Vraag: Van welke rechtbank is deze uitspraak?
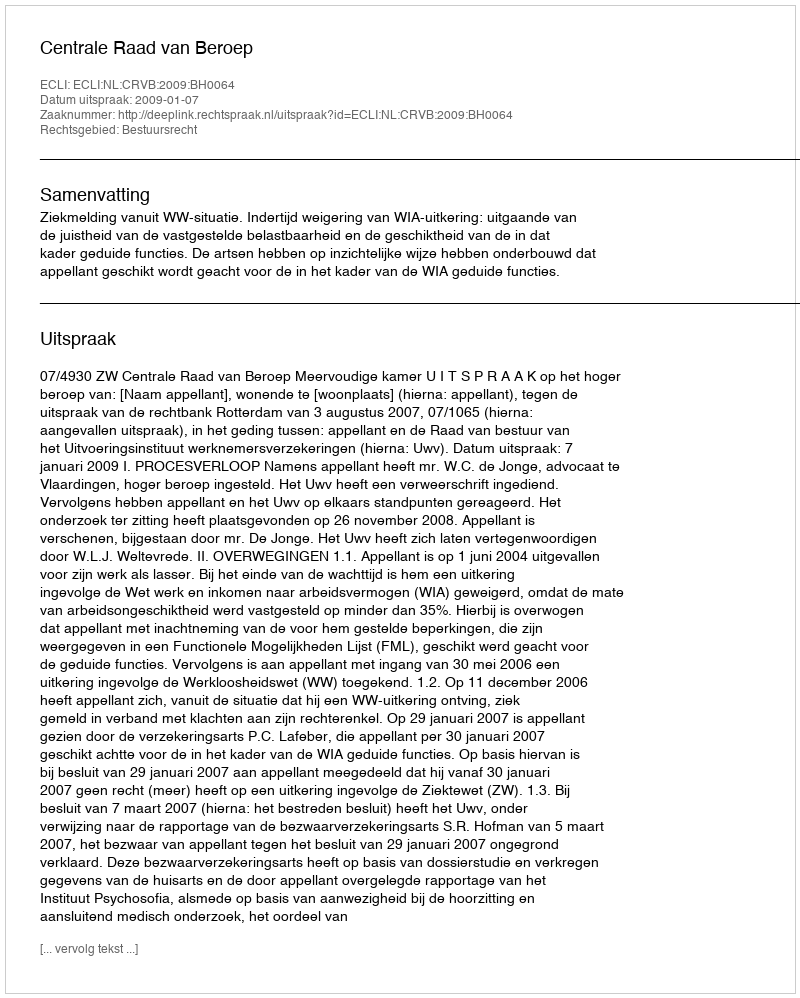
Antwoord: Centrale Raad van Beroep